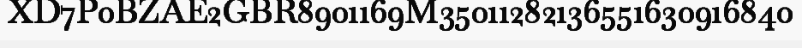
XD7P0BZAE2GBR8901169M35011282136551630916840